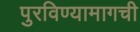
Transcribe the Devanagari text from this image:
पुरविण्यामागची